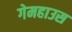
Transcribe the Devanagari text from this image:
गेमहाउस